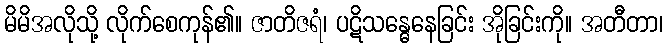
မိမိအလိုသို့ လိုက်စေကုန်၏။ ဇာတိဇရံ၊ ပဋိသန္ဓေနေခြင်း အိုခြင်းကို။ အတီတာ၊